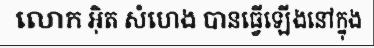
លោក អ៊ិត សំហេង បានធ្វើឡើងនៅក្នុង